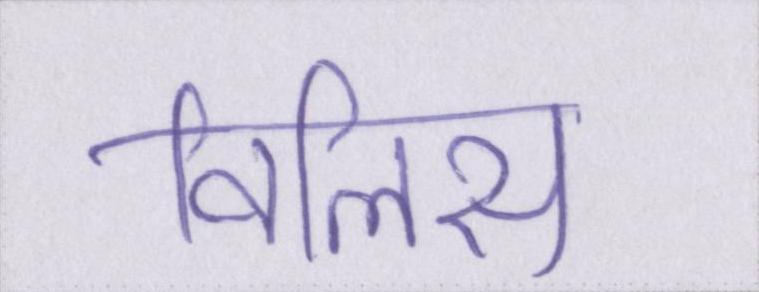
विलिस